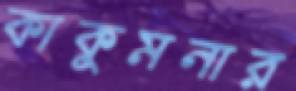
কাকুমনার